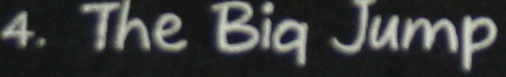
4. The Big Jump